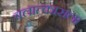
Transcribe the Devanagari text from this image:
बलात्‍काराला